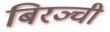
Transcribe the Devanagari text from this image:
बिरञ्ची